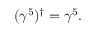
( \gamma ^ { 5 } ) ^ { \dagger } = \gamma ^ { 5 } .